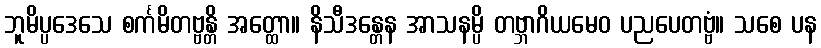
ဘူမိပ္ပဒေသေ စင်္ကမိတဗ္ဗန္တိ အတ္ထော။ နိသီဒန္တေန အာသနမ္ပိ တဗ္ဘာဂိယမေဝ ပညပေတဗ္ဗံ။ သစေ ပန